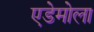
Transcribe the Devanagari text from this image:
एडेमोला